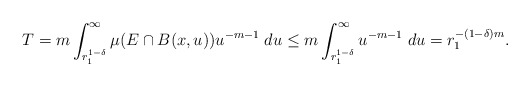
\begin{align*}T&=m\int_{r_1^{1-\delta}}^\infty \mu(E\cap B(x, u)) u^{-m-1} \; du\leq m\int_{r_1^{1-\delta}}^\infty u^{-m-1} \; du=r_1^{-(1-\delta)m}.\end{align*}